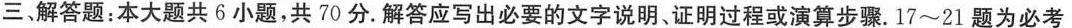
三、解答题:本大题共6小题,共70分.解答应写出必要的文字说明、证明过程或演算步骤.17～21题为必考